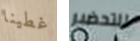
غطينا للتحضير